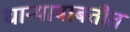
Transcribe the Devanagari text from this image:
धान्याबाबतीत